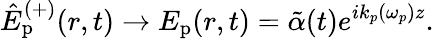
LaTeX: \hat{E}_{\mathrm{p}}^{(+)}(r,t)\rightarrow E_{\mathrm{p}}(r,t)=\tilde{\alpha}(t)e^{ik_{p}(\omega_{p})z}.